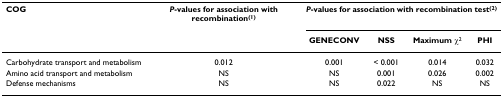
<table><thead><tr><td><b>COG</b></td><td><b><i>P</i>-values for association with recombination<sup>(1)</sup></b></td><td colspan="4"><b><i>P</i>-values for association with recombination test<sup>(2)</sup></b></td></tr><tr><td>[EMPTY_CELL]</td><td>[EMPTY_CELL]</td><td><b>GENECONV</b></td><td><b>NSS</b></td><td><b>Maximum χ<sup>2</sup></b></td><td><b>PHI</b></td></tr></thead><tbody><tr><td>Carbohydrate transport and metabolism</td><td>0.012</td><td>0.001</td><td>&lt; 0.001</td><td>0.014</td><td>0.032</td></tr><tr><td>Amino acid transport and metabolism</td><td>NS</td><td>NS</td><td>0.001</td><td>0.026</td><td>0.002</td></tr><tr><td>Defense mechanisms</td><td>NS</td><td>NS</td><td>0.022</td><td>NS</td><td>NS</td></tr></tbody></table>